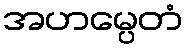
အဟမ္ပေတံ